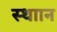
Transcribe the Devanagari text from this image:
स्थाान